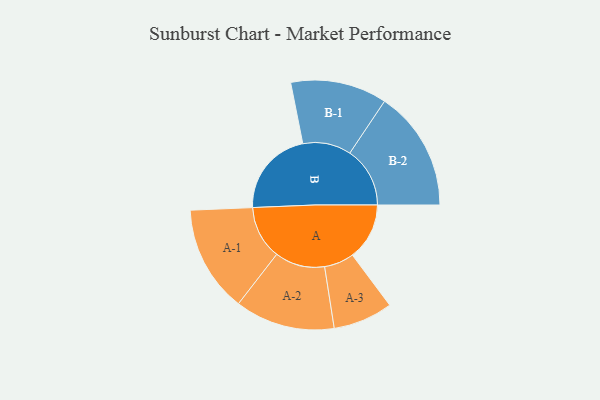
{"axis": {"x": "Segment", "y": "Value"}, "legend": ["", "A", "B"], "data": [{"x": "A", "y": 235, "type": ""}, {"x": "B", "y": 358, "type": ""}, {"x": "A-1", "y": 220, "type": "A"}, {"x": "A-2", "y": 206, "type": "A"}, {"x": "A-3", "y": 123, "type": "A"}, {"x": "B-1", "y": 199, "type": "B"}, {"x": "B-2", "y": 248, "type": "B"}]}